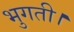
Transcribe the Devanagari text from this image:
भुगती।